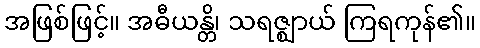
အဖြစ်ဖြင့်။ အဓီယန္တိ၊ သရဇ္ဈာယ် ကြရကုန်၏။